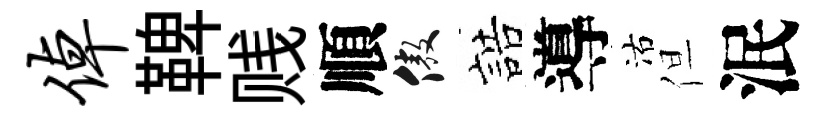
倬鞞贱順傲誥導沽但泯